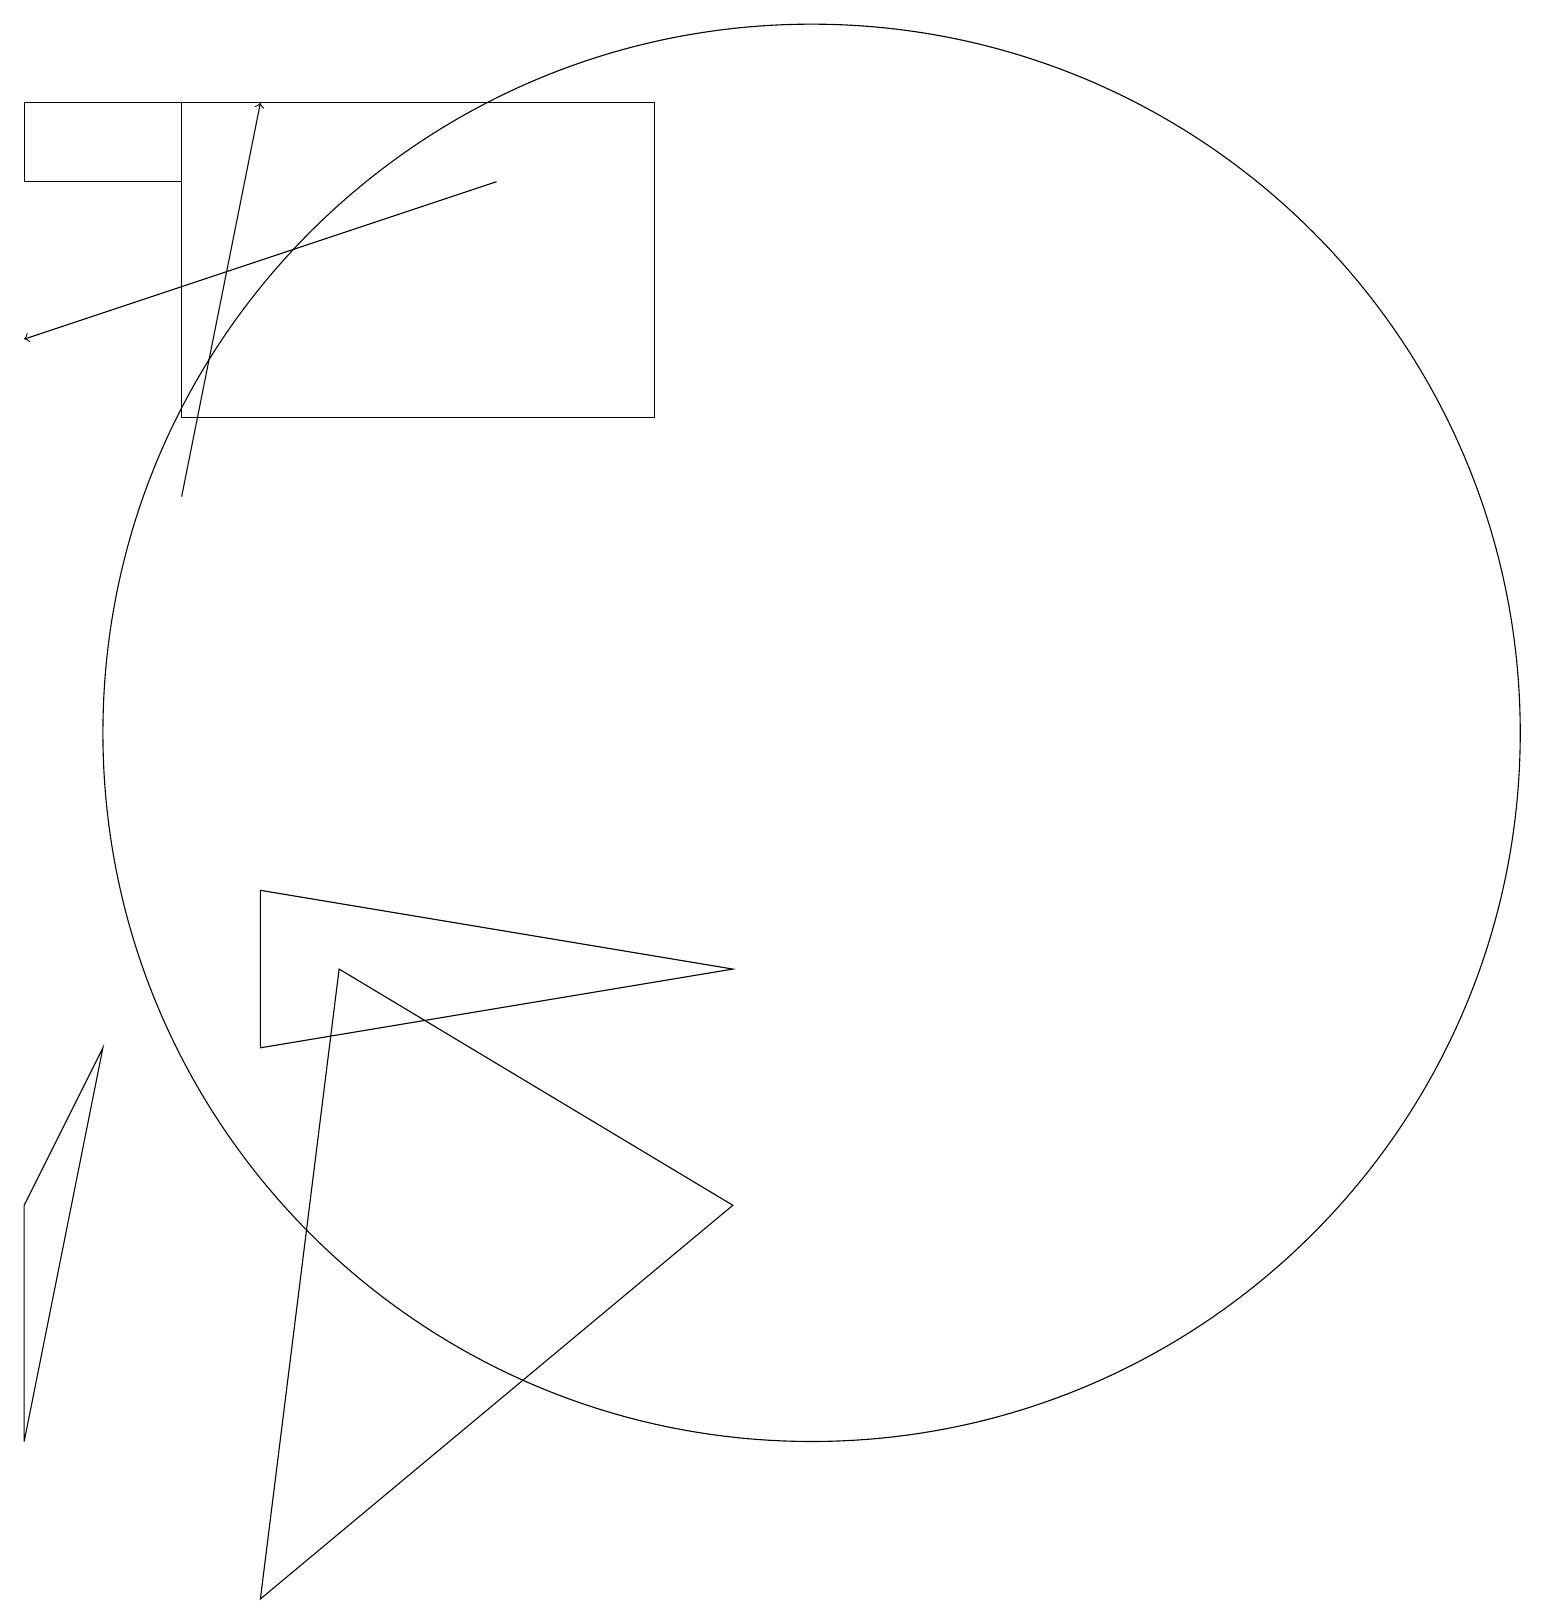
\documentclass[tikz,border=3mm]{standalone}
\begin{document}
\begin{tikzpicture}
\draw (3,9) -- (9,8) -- (3,7) -- cycle;
\draw (0,5) -- (0,2) -- (1,7) -- cycle;
\draw (0,19) rectangle (2,18);
\draw[->] (2,14) -- (3,19);
\draw (10,11) circle (9);
\draw[->] (6,18) -- (0,16);
\draw (3,0) -- (9,5) -- (4,8) -- cycle;
\draw (2,19) rectangle (8,15);
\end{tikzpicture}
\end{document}